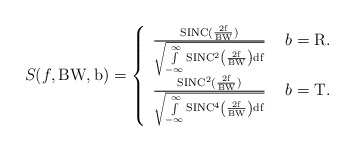
\begin{align*}S(f,\rm{BW},b)=\left\{\begin{array}{ll}\frac{\rm{SINC(\frac{2 f}{\rm{BW}})}}{\sqrt{\int\limits_{- \infty}^{\infty} \rm{SINC^2\left(\frac{2 f}{\rm{BW}}\right) df}}} & \mbox{ } b = \rm{R.} \\\frac{\rm{SINC^2(\frac{2 f}{\rm{BW}})}}{\sqrt{\int\limits_{- \infty}^{\infty} \rm{SINC^4\left(\frac{2 f}{\rm{BW}}\right) df}}} & \mbox{ } b = \rm{T.}\end{array}\right.\end{align*}